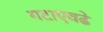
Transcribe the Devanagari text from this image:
गटाएवढे